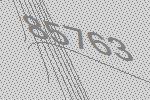
85763